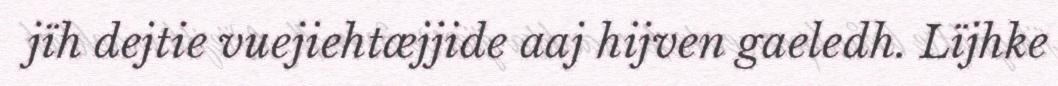
jïh dejtie vuejiehtæjjide aaj hijven gaeledh. Lïjhke